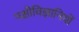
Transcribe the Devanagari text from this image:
पक्षीविज्ञानियों